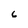
Character: 6